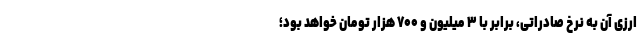
ارزی آن به نرخ صادراتی، برابر با ۳ میلیون و ۷۰۰ هزار تومان خواهد بود؛